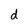
Character: d